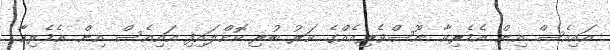
އައިއެސް އިން އެމެރިކާ ނޫސްވެރިއެއްގެ ކަރު ބުރި ކޮށްލައިފި އައިއެސް އިން އެމެރިކާ